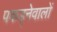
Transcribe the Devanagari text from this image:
पकड्नेवालों